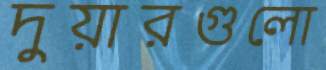
দুয়ারগুলো